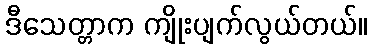
ဒီသေတ္တာက ကျိုးပျက်လွယ်တယ်။